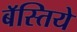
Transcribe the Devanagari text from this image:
बॅस्तिये